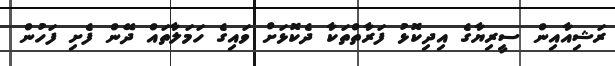
ރަޝިއާއިން ސީރިޔާގެ އިދިކޮޅު ފަރާތްތަކާ ދެކޮޅަށް ވައިގެ ހަމަލާތައް ދޭން ފެށި ފަހުން